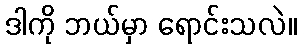
ဒါကို ဘယ်မှာ ရောင်းသလဲ။